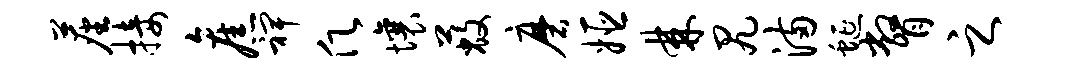
尘接旧裨愿壤蔽磨姬棘尻满蜒瞥之